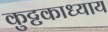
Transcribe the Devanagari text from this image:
कुट्टकाध्याय